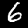
Label: 6